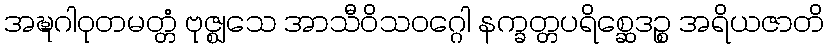
အဍ္ဎဂါဝုတမတ္တံ ဗုဇ္ဈသေ အာသီဝိသဝဂ္ဂေါ နက္ခတ္တပရိစ္ဆေဒဉ္စ အရိယဇာတိ